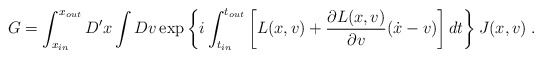
\begin{align*}G =\int_{x_{in}}^{x_{out}}D'x\int Dv\exp\left\{i\int_{t_{in}}^{t_{out}}\left[L(x,v)+\frac{\partial L(x,v)}{\partial v}(\dot{x}-v)\right]dt\right\}J(x,v) \; .\end{align*}